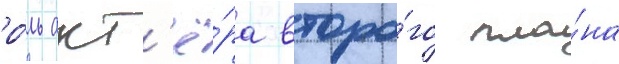
ро́ль акт'ё́ра второ́го пла́на